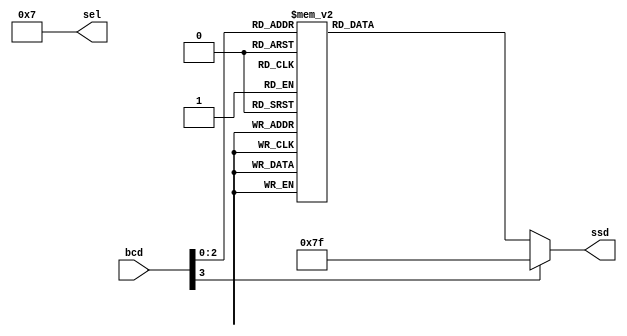
`timescale 1ns / 1ps
//////////////////////////////////////////////////////////////////////////////////
// Company: 
// Engineer: 
// 
// Design Name: 
// Module Name:    ssd 
// Project Name: 
// Target Devices: 
// Tool versions: 
// Description: 
//
// Dependencies: 
//
// Revision: 
// Revision 0.01 - File Created
// Additional Comments: 
//
//////////////////////////////////////////////////////////////////////////////////
module ssd(
    input [3:0] bcd,
    output reg [6:0] ssd,
    output [3:0] sel
    );
	 assign sel=4'b0111;
	 always@(bcd)
	 case(bcd)
	 0:ssd=7'b1000000;
	 1:ssd=7'b1111001;
	 2:ssd=7'b0100100;
	 3:ssd=7'b0110000;
	 4:ssd=7'b0011001;
	 5:ssd=7'b0010010;
	 6:ssd=7'b0000010;
	 7:ssd=7'b1111000;
	 default:ssd=7'b1111111;
	 endcase
endmodule